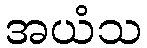
အယံသ